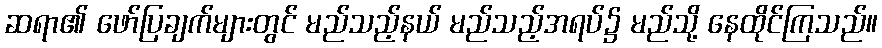
ဆရာ၏ ဖော်ပြချက်များတွင် မည်သည့်နယ် မည်သည့်အရပ်၌ မည်သို့ နေထိုင်ကြသည်။